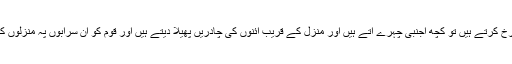
جب بھی ہم منزل کا رخ کرتے ہیں تو کچھ اجنبی چہرے آتے ہیں اور منزل کے قریب آئنوں کی چادریں پھیلا دیتے ہیں اور قوم کو ان سرابوں پہ منزلوں کا گماں ہونے لگتا ہے۔